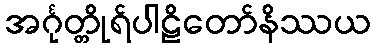
အင်္ဂုတ္တိုရ်ပါဠိတော်နိဿယ